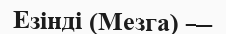
Езінді (Мезга) —